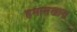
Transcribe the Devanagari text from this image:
हमामखाना